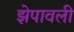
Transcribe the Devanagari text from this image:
झेपावली